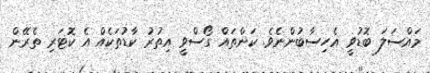
މައްސަލަ ބޮޑުވީ އެހިސާބުންނެވެ. ކަންތައް ގޯސްވީ އިތުރު ކާޑުތަކެއް އެ ކޮޓަރި ތެރޭން